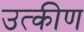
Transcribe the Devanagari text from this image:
उत्कीण